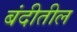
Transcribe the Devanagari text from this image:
बंदीतील